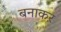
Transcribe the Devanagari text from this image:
बनाकऱ